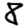
Digit: 8